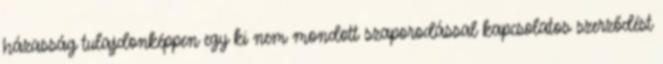
házasság tulajdonképpen egy ki nem mondott szaporodással kapcsolatos szerződést